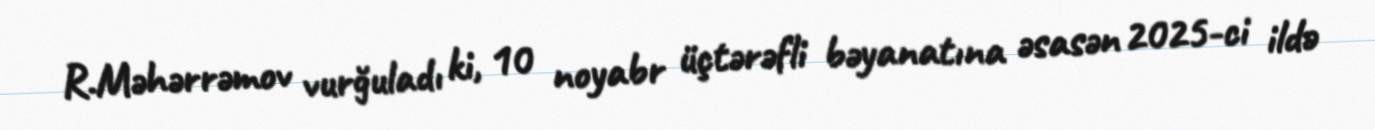
R.Məhərrəmov vurğuladı ki, 10 noyabr üçtərəfli bəyanatına əsasən 2025-ci ildə